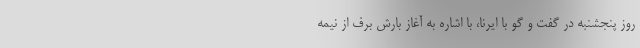
روز پنجشنبه در گفت و گو با ایرنا، با اشاره به آغاز بارش برف از نیمه